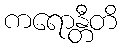
ကရောန္တီတိ